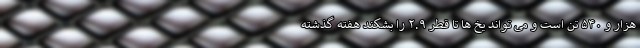
هزار و ۵۴۰ تن است و می تواند یخ ها تا قطر ۲.۹ را بشکند هفته گذشته